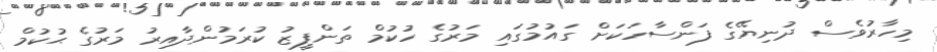
މިހާރުވެސް ދުނިޔޭގެ ފަންސާހަކަށް ގައުމުގައި މަރުގެ ހުކުމް ތަންފީޒު ކުރަމުންދާއިރު މަރުގެ ޙުކުމް